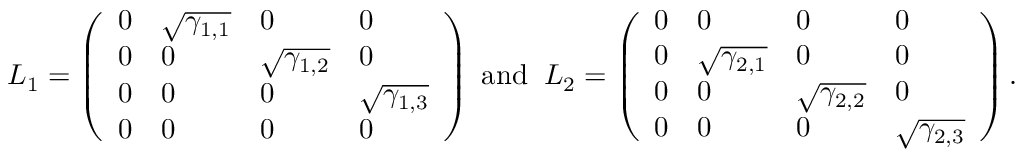
{ \cal L } _ { 1 } = \left( \begin{array} { l l l l } { 0 } & { \sqrt { \gamma _ { 1 , 1 } } } & { 0 } & { 0 } \\ { 0 } & { 0 } & { \sqrt { \gamma _ { 1 , 2 } } } & { 0 } \\ { 0 } & { 0 } & { 0 } & { \sqrt { \gamma _ { 1 , 3 } } } \\ { 0 } & { 0 } & { 0 } & { 0 } \end{array} \right) \; \mathrm { a n d } \; \; { \cal L } _ { 2 } = \left( \begin{array} { l l l l } { 0 } & { 0 } & { 0 } & { 0 } \\ { 0 } & { \sqrt { \gamma _ { 2 , 1 } } } & { 0 } & { 0 } \\ { 0 } & { 0 } & { \sqrt { \gamma _ { 2 , 2 } } } & { 0 } \\ { 0 } & { 0 } & { 0 } & { \sqrt { \gamma _ { 2 , 3 } } } \end{array} \right) .